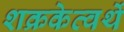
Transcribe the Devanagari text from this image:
शक्रकेत्वर्थे